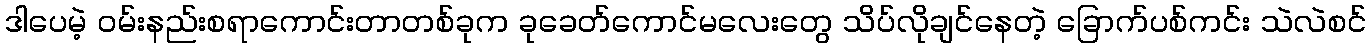
ဒါပေမဲ့ ဝမ်းနည်းစရာကောင်းတာတစ်ခုက ခုခေတ်ကောင်မလေးတွေ သိပ်လိုချင်နေတဲ့ ခြောက်ပစ်ကင်း သဲလဲစင်